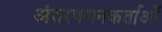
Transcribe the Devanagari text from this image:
अंतरपणनकर्ताओं